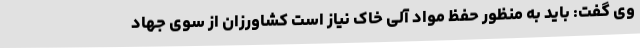
وی گفت: باید به منظور حفظ مواد آلی خاک نیاز است کشاورزان از سوی جهاد